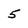
Character: 5